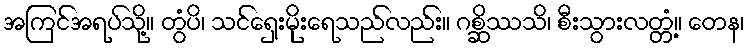
အကြင်အရပ်သို့။ တွံပိ၊ သင်ရှေးမိုးရေသည်လည်း။ ဂစ္ဆိဿသိ၊ စီးသွားလတ္တံ့။ တေန၊